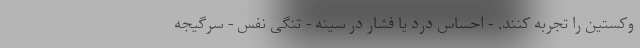
وکستین را تجربه کنند. - احساس درد یا فشار در سینه - تنگی نفس - سرگیجه